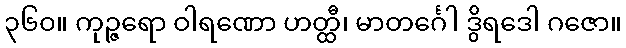
၃၆၀။ ကုဉ္ဇရော ဝါရဏော ဟတ္ထီ၊ မာတင်္ဂေါ ဒွိရဒေါ ဂဇော။